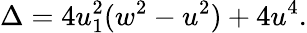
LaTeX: \Delta=4u_{1}^{2}(w^{2}-u^{2})+4u^{4}.